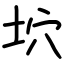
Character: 坹